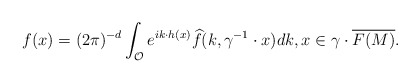
\begin{align*}f(x)=(2\pi)^{-d}\int_{\mathcal{O}}e^{ik \cdot h(x)}\widehat{f}(k,\gamma^{-1} \cdot x)dk, x \in \gamma \cdot \overline{F(M)}.\end{align*}